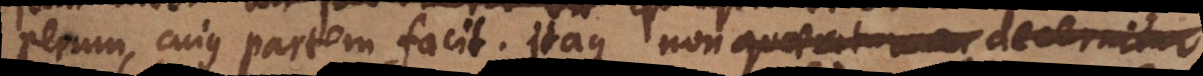
rerum, cujus partem facit. Itaque non quaeratur